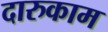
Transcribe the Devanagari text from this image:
दारुकाम